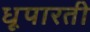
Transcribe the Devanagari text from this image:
धूपारती